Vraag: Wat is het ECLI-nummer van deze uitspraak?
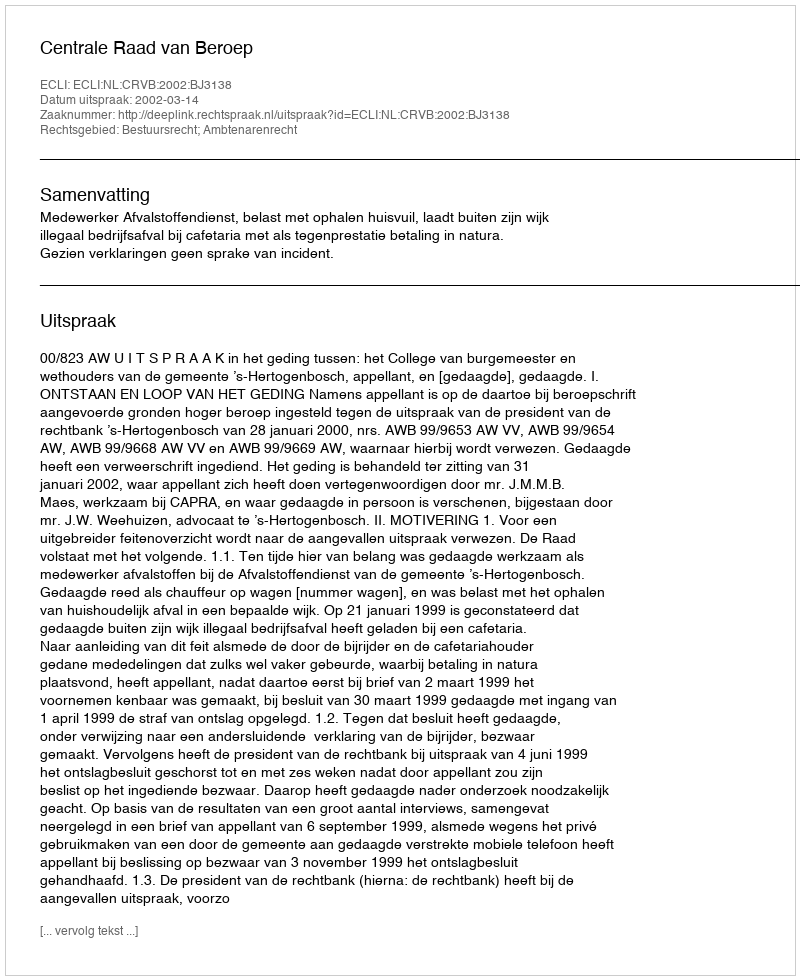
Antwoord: ECLI:NL:CRVB:2002:BJ3138